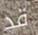
قد